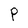
Character: P